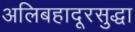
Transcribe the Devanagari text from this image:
अलिबहादूरसुद्धा